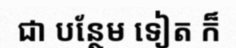
ជា បន្ថែម ទៀត ក៏